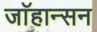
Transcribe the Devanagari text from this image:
जाॅहान्सन